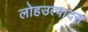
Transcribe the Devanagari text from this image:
लोहउत्पादन